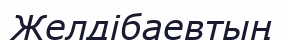
Желдібаевтың